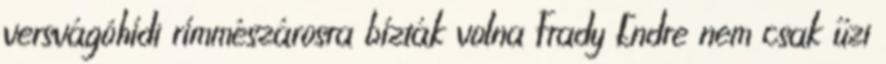
versvágóhídi rímmészárosra bízták volna Frady Endre nem csak űzi